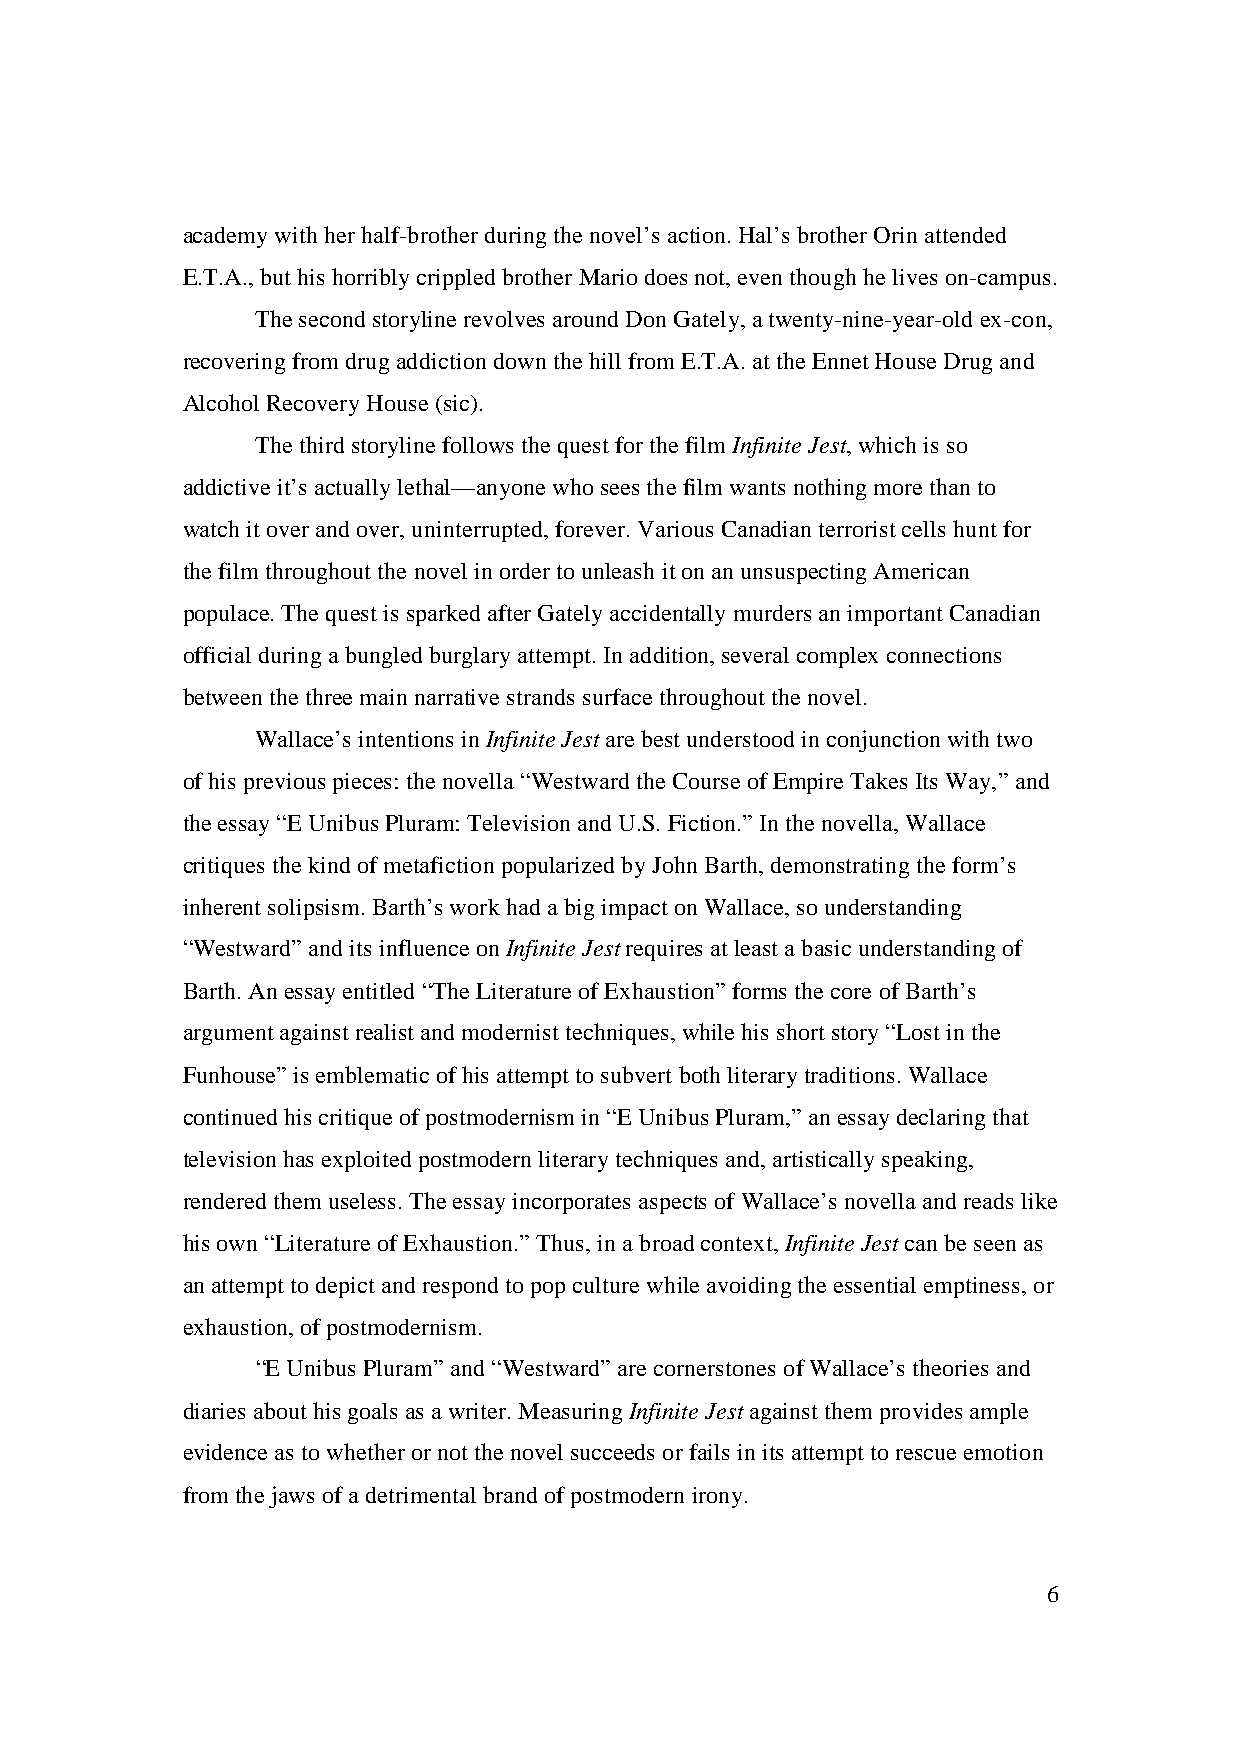
academy with her half-brother during the novel’s action. Hal’s brother Orin attended
 E.T.A., but his horribly crippled brother Mario does not, even though he lives on-campus.
 The second storyline revolves around Don Gately, a twenty-nine-year-old ex-con,
 recovering from drug addiction down the hill from E.T.A. at the Ennet House Drug and
 Alcohol Recovery House (sic).
 The third storyline follows the quest for the film Infinite Jest, which is so
 addictive it’s actually lethal—anyone who sees the film wants nothing more than to
 watch it over and over, uninterrupted, forever. Various Canadian terrorist cells hunt for
 the film throughout the novel in order to unleash it on an unsuspecting American
 populace. The quest is sparked after Gately accidentally murders an important Canadian
 official during a bungled burglary attempt. In addition, several complex connections
 between the three main narrative strands surface throughout the novel.
 Wallace’s intentions in Infinite Jest are best understood in conjunction with two
 of his previous pieces: the novella “Westward the Course of Empire Takes Its Way,” and
 the essay “E Unibus Pluram: Television and U.S. Fiction.” In the novella, Wallace
 critiques the kind of metafiction popularized by John Barth, demonstrating the form’s
 inherent solipsism. Barth’s work had a big impact on Wallace, so understanding
 “Westward” and its influence on Infinite Jest requires at least a basic understanding of
 Barth. An essay entitled “The Literature of Exhaustion” forms the core of Barth’s
 argument against realist and modernist techniques, while his short story “Lost in the
 Funhouse” is emblematic of his attempt to subvert both literary traditions. Wallace
 continued his critique of postmodernism in “E Unibus Pluram,” an essay declaring that
 television has exploited postmodern literary techniques and, artistically speaking,
 rendered them useless. The essay incorporates aspects of Wallace’s novella and reads like
 his own “Literature of Exhaustion.” Thus, in a broad context, Infinite Jest can be seen as
 an attempt to depict and respond to pop culture while avoiding the essential emptiness, or
 exhaustion, of postmodernism.
 “E Unibus Pluram” and “Westward” are cornerstones of Wallace’s theories and
 diaries about his goals as a writer. Measuring Infinite Jest against them provides ample
 evidence as to whether or not the novel succeeds or fails in its attempt to rescue emotion
 from the jaws of a detrimental brand of postmodern irony.
 6